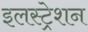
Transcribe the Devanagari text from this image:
इलस्ट्रेशन